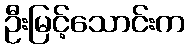
ဦးမြင့်သောင်းက